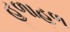
હળાહળ